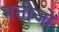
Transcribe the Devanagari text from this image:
भतीजो